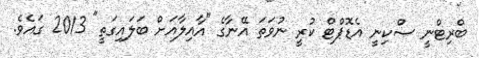
ބްރިޓްނީ ސްކިނީ އެޑޮޕްޓް ކުރީ ނުވަތަ އޭނާގެ "އާއިލާއަށް ބަލައިގަތީ" 2013 ގައެވެ.